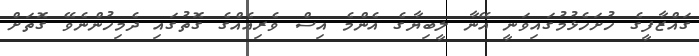
ގައްޒާފީގެ ހުށަހެޅުމުގައިވަނީ އޭނާ ލީބިޔާގެ އެންމެ އިސް ވެރިއެއްގެ ގޮތުގައި ދެމިހުންނެވޭ ގޮތަށް